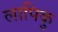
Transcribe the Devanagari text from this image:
लापिकु